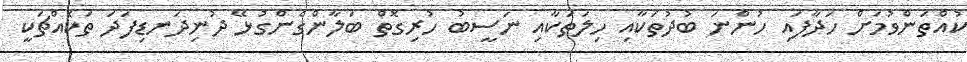
ކުއްތަންވުމަށް ހަދާފައި ހުންނަ ބުދުތަކާއި ހިލަތަކާއި ނަސީބު ހުރިގޮތް ބަލާންގެންގުޅޭ ދުނިދަނޑިފަދަ ތަކެއްޗަކީ